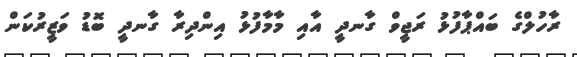
ރާހުލްގެ ބައްޕާފުޅު ރަޖީވް ގާނދީ އާއި މާމާފުޅު އިންދިރާ ގާނދީ ބޮޑު ވަޒީރުކަން